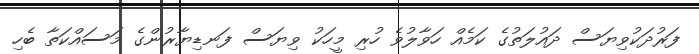
ފަރުދަކުވިޔަސް ދައުލަތުގެ ކަމެއް ހަވާލުވެ ހުރި މީހަކު ވިޔަސް ފަނޑިޔާރުންގެ މަސައްކަތާ ބެހި